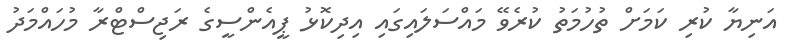
އަނިޔާ ކުރި ކަމަށް ތުހުމަތު ކުރެވޭ މައްސަލައިގައި އިދިކޮޅު ޕީއެންސީގެ ރަޖިސްޓްރާ މުހައްމަދު